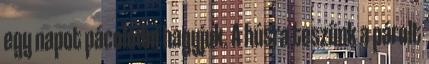
egy napot pácolódni hagyjuk. A húsra teszünk a párolt